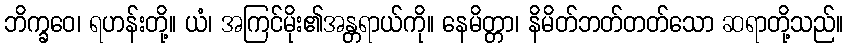
ဘိက္ခဝေ၊ ရဟန်းတို့။ ယံ၊ အကြင်မိုး၏အန္တရာယ်ကို။ နေမိတ္တာ၊ နိမိတ်ဘတ်တတ်သော ဆရာတို့သည်။